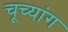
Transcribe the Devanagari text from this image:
चूच्यांग